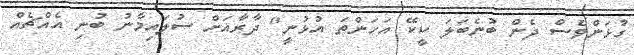
ގުޅަންވެސް ދެން ބުނެބަލަ ކީކޭ އަހަންތަ އުޅުނީ" ދާރާއަށް ސުލައިމާނު ބުނި އެއްޗެއް